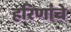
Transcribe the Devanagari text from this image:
हरिणांचे